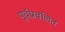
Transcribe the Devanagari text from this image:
पूर्वप्रबलित